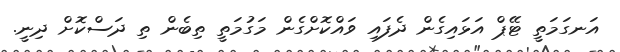
އަނގަމަތީ ޓޭޕް އަޅައިގެން ދެފައި ވައްކޮށްގެން މަގުމަތީ ތިބެން ތި ދަސްކޮށް ދިނީ.